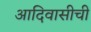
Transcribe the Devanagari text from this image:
आदिवासीची